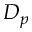
D _ { p }